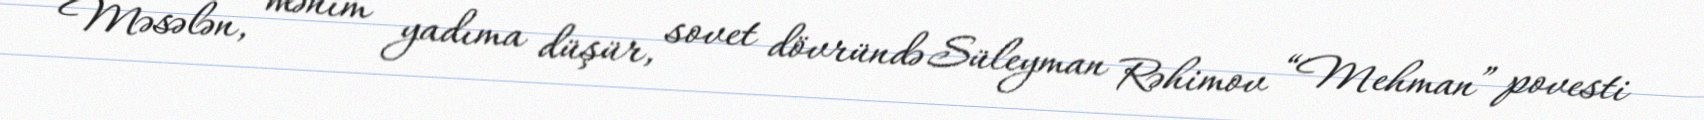
Məsələn, mənim yadıma düşür, sovet dövründə Süleyman Rəhimov “Mehman” povesti